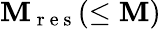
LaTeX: \mathbf{M}_{\mathrm{{~r~e~s~}}}(\leq\mathbf{M})